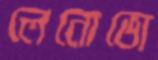
লেনোভো